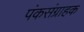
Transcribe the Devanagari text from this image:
पंकसंग्राहक